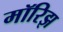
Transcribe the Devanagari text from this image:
मॉरिझ